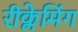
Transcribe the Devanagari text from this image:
रीक्लेमिंग